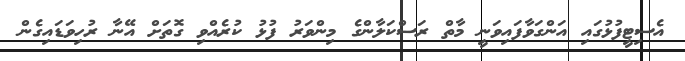
އެސިޓީފުޅުގައި އަންގަވާފައިވަނީ މާތް ރަސްކަލާންގެ މިންވަރު ފުޅު ކުރެއްވި ގޮތަށް އޭނާ ރުހިވަޑައިގެން